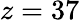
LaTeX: z=37